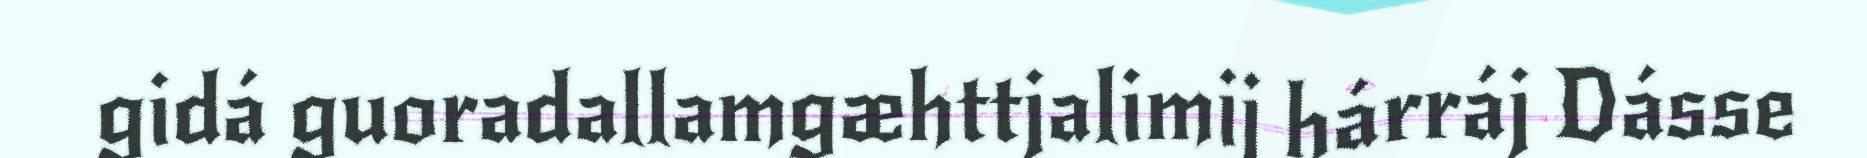
gidá guoradallamgæhttjalimij hárráj Dásse